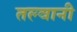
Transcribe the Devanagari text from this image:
तल्वानी